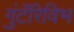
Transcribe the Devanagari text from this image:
गुंटॅरिविभ